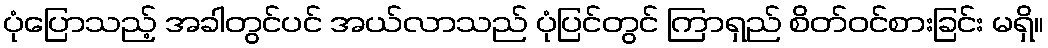
ပုံပြောသည့် အခါတွင်ပင် အယ်လာသည် ပုံပြင်တွင် ကြာရှည် စိတ်ဝင်စားခြင်း မရှိ။